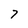
Character: 7